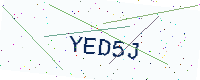
Text: YED5J